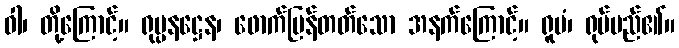
ဝါ၊ တို့ကြောင့်။ ရုပ္ပနဋ္ဌေန၊ ဖောက်ပြန်တတ်သော အနက်ကြောင့်။ ရူပံ၊ ရုပ်မည်၏။